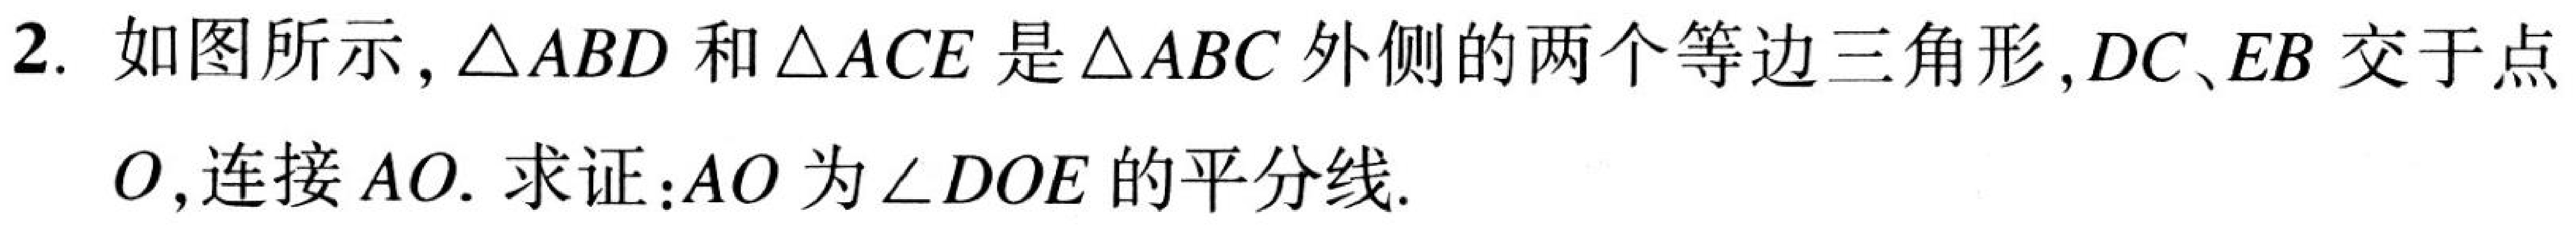
2. 如图所示，\(\triangle ABD\)和\(\triangle ACE\)是\(\triangle ABC\)外侧的两个等边三角形，\(DC、EB\)交于点
\(O\)，连接\(AO\). 求证：\(AO\)为\(\angle DOE\)的平分线.